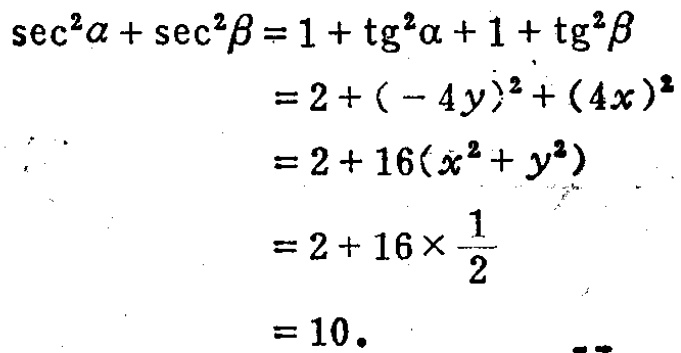
\[\begin{align*}
\sec^{2}\alpha+\sec^{2}\beta&=1 + \tg^{2}\alpha+1+\tg^{2}\beta\\
&=2+(-4y)^{2}+(4x)^{2}\\
&=2 + 16(x^{2}+y^{2})\\
&=2+16\times\frac{1}{2}\\
&=10.
\end{align*}\]